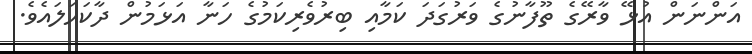
އަންނަން އުޅޭ ވާރޭގެ ތޫފާނުގެ ވަރުގަދަ ކަމާއި ބިރުވެރިކަމުގެ ހަނާ އަޅަމުން ދާކަހަލައެވެ.